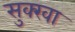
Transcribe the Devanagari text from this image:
सुक्खा